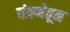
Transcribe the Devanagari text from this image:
यंत्रणेतून